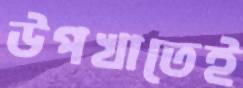
উপখাতেই